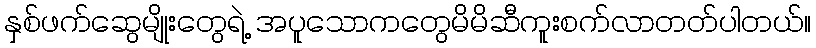
နှစ်ဖက်ဆွေမျိုးတွေရဲ့ အပူသောကတွေမိမိဆီကူးစက်လာတတ်ပါတယ်။